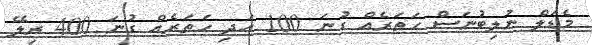
މެޑަލް ނުލިބުނަސް ހަތަރެއް ގުނަ 100 އަދި ހަތަރެއް ގުނަ 400 ރިލޭ